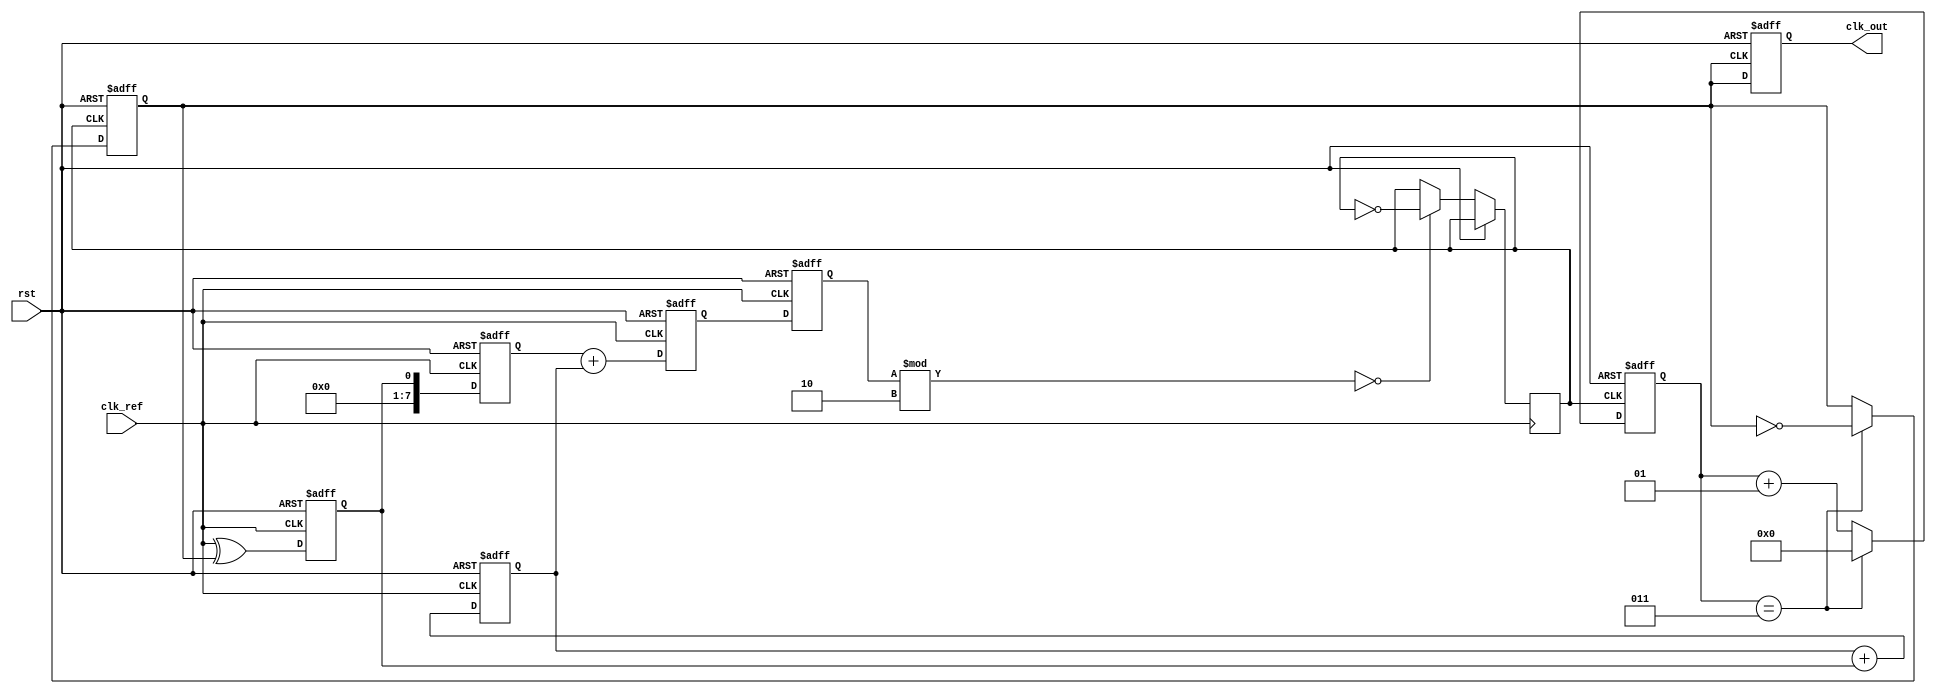
module PLL_Type2 (
    input wire clk_ref,          // Reference clock input
    input wire rst,              // Reset signal
    output reg clk_out           // Output clock
);

// Parameters for Divider
parameter N = 4;                // Division factor
integer count;

// Phase Detector
reg phase_error;                // Error signal from phase detector

// Loop Filter Parameters
reg [7:0] integral;             // Integrator output
reg [7:0] proportional;         // Proportional output
reg [15:0] control_voltage;     // Control voltage to VCO

// Voltage-Controlled Oscillator (VCO)
reg [7:0] vco_frequency;
reg vco_clk;                    // VCO output clock

// Divider for feedback
reg feedback_clk;

// Phase Detector
always @(posedge clk_ref or posedge rst) begin
    if (rst) begin
        phase_error <= 0;
    end else begin
        // Basic phase comparison (substitute with actual phase detection logic)
        phase_error <= clk_ref ^ feedback_clk;  // XOR operation as a simple phase detector
    end
end

// Loop Filter (Simple PI controller)
always @(posedge clk_ref or posedge rst) begin
    if (rst) begin
        integral <= 0;
        proportional <= 0;
    end else begin
        proportional <= phase_error; // Proportional term
        // Integrate phase error
        integral <= integral + phase_error; // Simple accumulator for integral term
    end
end

// Control voltage calculation
always @(posedge clk_ref or posedge rst) begin
    if (rst) begin
        control_voltage <= 16'b0; 
    end else begin
        control_voltage <= proportional + integral; // Sum both contributions
    end
end

// VCO (Simple Frequency Control Simulation)
always @(posedge clk_ref or posedge rst) begin
    if (rst) begin
        vco_frequency <= 0;
    end else begin
        // Control voltage affects frequency output
        vco_frequency <= control_voltage[7:0]; // Adjust frequency based on control voltage (scaled down)
        vco_clk <= (vco_frequency % 2 == 0) ? ~vco_clk : vco_clk; // Simple toggling frequency
    end
end

// N-divider to generate feedback
always @(posedge vco_clk or posedge rst) begin
    if (rst) begin
        count <= 0;
        feedback_clk <= 0;
    end else begin
        if (count == N-1) begin
            feedback_clk <= ~feedback_clk; // toggle feedback clock
            count <= 0;                   // reset count
        end else begin
            count <= count + 1;          // increment count
        end
    end
end

// Output clock generation
always @(posedge feedback_clk or posedge rst) begin
    if (rst) begin
        clk_out <= 0;
    end else begin
        clk_out <= feedback_clk;       // Output the feedback clock
    end
end

endmodule